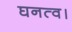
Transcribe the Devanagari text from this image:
घनत्व।